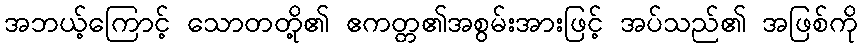
အဘယ့်ကြောင့် သောတတို့၏ ဧကတ္တ၏အစွမ်းအားဖြင့် အပ်သည်၏ အဖြစ်ကို